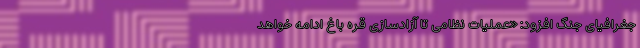
جغرافیای جنگ افزود: «عملیات نظامی تا آزاد‌سازی قره باغ ادامه خواهد